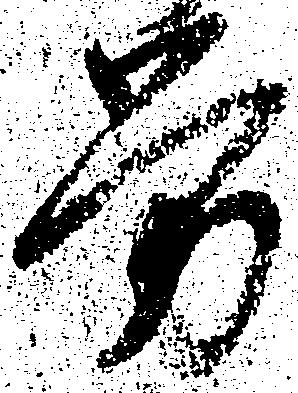
労